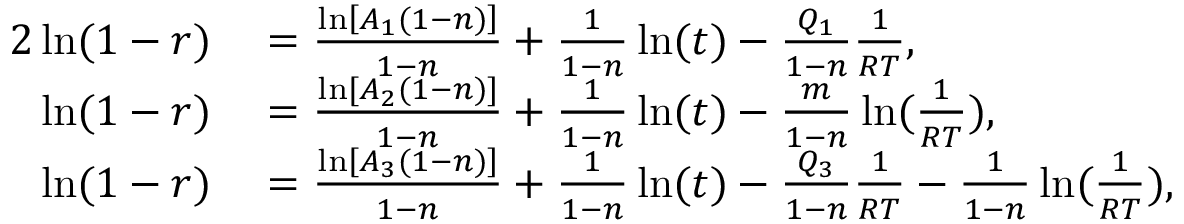
\begin{array} { r l } { { 2 } \ln ( 1 - r ) } & { { } = \frac { \ln \left[ A _ { 1 } ( 1 - n ) \right] } { 1 - n } + \frac { 1 } { 1 - n } \ln ( t ) - \frac { Q _ { 1 } } { 1 - n } \frac { 1 } { R T } , } \\ { \ln ( 1 - r ) } & { { } = \frac { \ln [ A _ { 2 } ( 1 - n ) ] } { 1 - n } + \frac { 1 } { 1 - n } \ln ( t ) - \frac { m } { 1 - n } \ln ( \frac { 1 } { R T } ) , } \\ { \ln ( 1 - r ) } & { { } = \frac { \ln \left[ A _ { 3 } ( 1 - n ) \right] } { 1 - n } + \frac { 1 } { 1 - n } \ln ( t ) - \frac { Q _ { 3 } } { 1 - n } \frac { 1 } { R T } - \frac { 1 } { 1 - n } \ln ( \frac { 1 } { R T } ) , } \end{array}